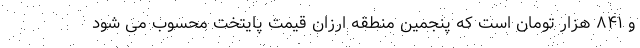
و ۸۴۱ هزار تومان است که پنجمین منطقه ارزان قیمت پایتخت محسوب می شود